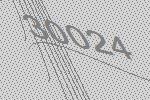
30024